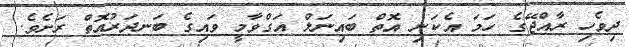
ދިވެހި ރާއްޖޭގެ ހަމަ އެކަނި އޮތް ބައިނަލް އަގްވާމީ ވައިގެ ބަނދަރުއޮތް ރަށެވެ.